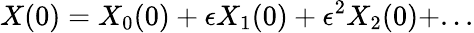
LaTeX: X(0)=X_{0}(0)+\epsilon X_{1}(0)+\epsilon^{2}X_{2}(0)+...